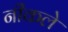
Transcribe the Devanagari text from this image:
नीकले